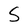
Character: S